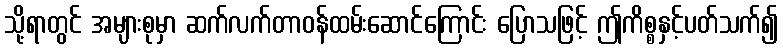
သို့ရာတွင် အများစုမှာ ဆက်လက်တာဝန်ထမ်းဆောင်ကြောင်း ပြောသဖြင့် ဤကိစ္စနှင့်ပတ်သက်၍